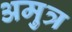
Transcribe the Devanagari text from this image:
अमुत्र